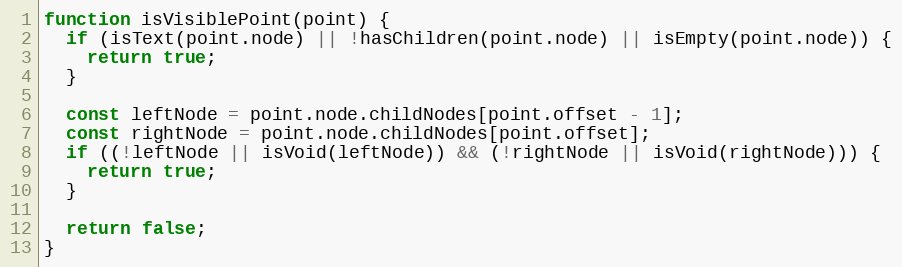
Language: JavaScript
function isVisiblePoint(point) {
  if (isText(point.node) || !hasChildren(point.node) || isEmpty(point.node)) {
    return true;
  }

  const leftNode = point.node.childNodes[point.offset - 1];
  const rightNode = point.node.childNodes[point.offset];
  if ((!leftNode || isVoid(leftNode)) && (!rightNode || isVoid(rightNode))) {
    return true;
  }

  return false;
}